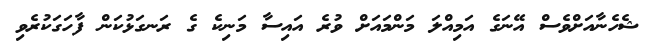
ޝެހެނާއަށްވެސް އޭނަގެ އަމިއްލަ މަންމައަށް ވުރެ އައިސާ މަނިކެ ގެ ރަނގަޅުކަން ފާހަގަކުރެވި